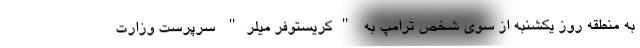
به منطقه روز یکشنبه از سوی شخص ترامپ به "کریستوفر میلر" سرپرست وزارت